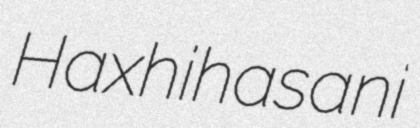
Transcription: Haxhihasani